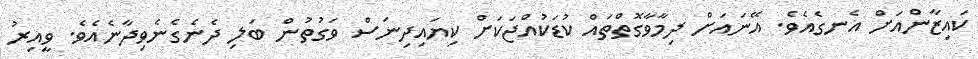
ކައިޒާންއަށް އެނގެއެވެ. އޭނައަށް ދިމާވާގޮތްތައް ކުޑަކުއްޖަކަށް ކިޔައިދިނަސް ވަގުތުން ބަލި ދެނެގެނެވިދާނެއެވެ. ވީއިރު